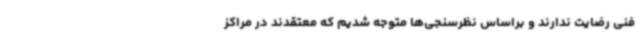
فنی رضایت ندارند و براساس نظرسنجی‌ها متوجه شدیم که معتقدند در مراکز